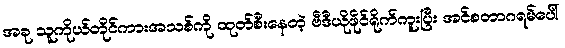
အခု သူကိုယ်တိုင်ကားအသစ်ကို ထုတ်စီးနေတဲ့ ဗီဒီယိုဖိုင်ရိုက်ကူးပြီး အင်စတာဂရမ်ပေါ်